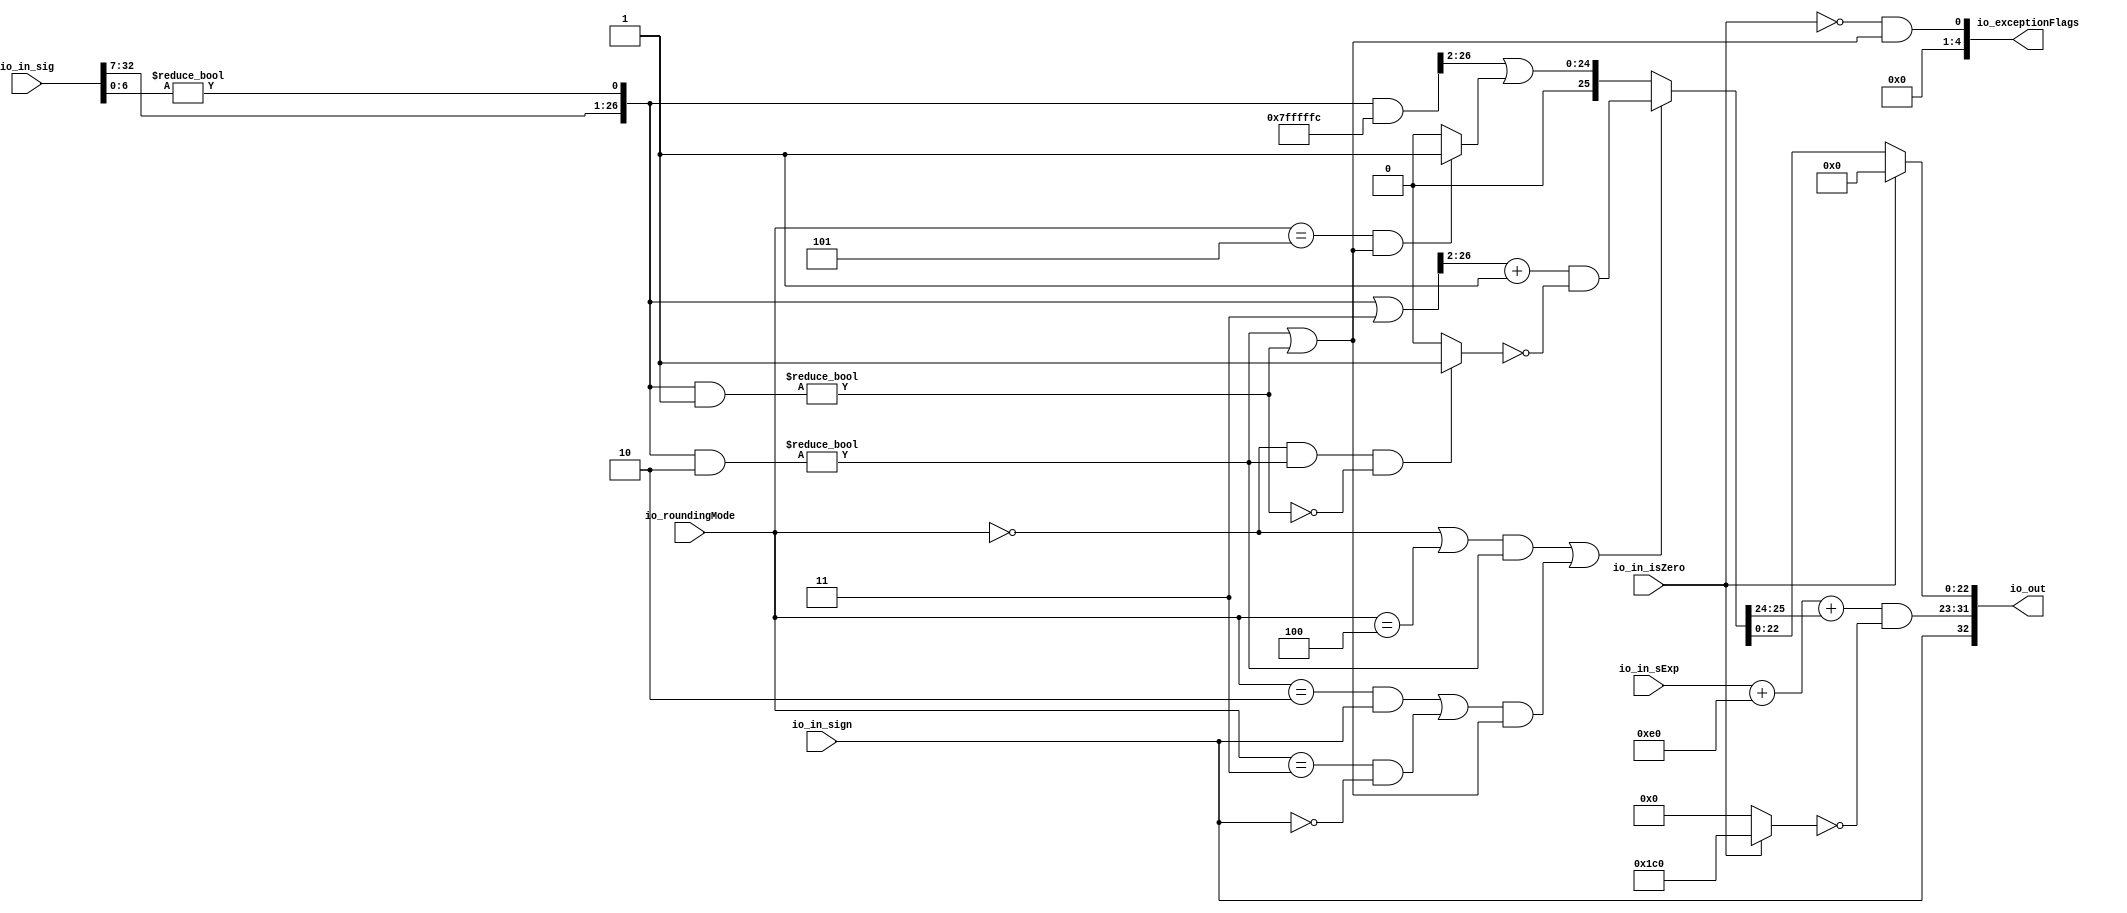
// Copyright (c) 2019, Microchip Corporation
// All rights reserved.
//
// Redistribution and use in source and binary forms, with or without
// modification, are permitted provided that the following conditions are met:
//     * Redistributions of source code must retain the above copyright
//       notice, this list of conditions and the following disclaimer.
//     * Redistributions in binary form must reproduce the above copyright
//       notice, this list of conditions and the following disclaimer in the
//       documentation and/or other materials provided with the distribution.
//     * Neither the name of the <organization> nor the
//       names of its contributors may be used to endorse or promote products
//       derived from this software without specific prior written permission.
//
// THIS SOFTWARE IS PROVIDED BY THE COPYRIGHT HOLDERS AND CONTRIBUTORS "AS IS" AND
// ANY EXPRESS OR IMPLIED WARRANTIES, INCLUDING, BUT NOT LIMITED TO, THE IMPLIED
// WARRANTIES OF MERCHANTABILITY AND FITNESS FOR A PARTICULAR PURPOSE ARE
// DISCLAIMED. IN NO EVENT SHALL MICROSEMI CORPORATIONM BE LIABLE FOR ANY
// DIRECT, INDIRECT, INCIDENTAL, SPECIAL, EXEMPLARY, OR CONSEQUENTIAL DAMAGES
// (INCLUDING, BUT NOT LIMITED TO, PROCUREMENT OF SUBSTITUTE GOODS OR SERVICES;
// LOSS OF USE, DATA, OR PROFITS; OR BUSINESS INTERRUPTION) HOWEVER CAUSED AND
// ON ANY THEORY OF LIABILITY, WHETHER IN CONTRACT, STRICT LIABILITY, OR TORT
// (INCLUDING NEGLIGENCE OR OTHERWISE) ARISING IN ANY WAY OUT OF THE USE OF THIS
// SOFTWARE, EVEN IF ADVISED OF THE POSSIBILITY OF SUCH DAMAGE.
//
// APACHE LICENSE
// Copyright (c) 2019, Microchip Corporation 
//
// Licensed under the Apache License, Version 2.0 (the "License");
// you may not use this file except in compliance with the License.
// You may obtain a copy of the License at
//
//    http://www.apache.org/licenses/LICENSE-2.0
//
// Unless required by applicable law or agreed to in writing, software
// distributed under the License is distributed on an "AS IS" BASIS,
// WITHOUT WARRANTIES OR CONDITIONS OF ANY KIND, either express or implied.
// See the License for the specific language governing permissions and
// limitations under the License.
//
// Description:
//
// SVN Revision Information:
// SVN $Revision: $
// SVN $Date: $
//
// Resolved SARs
// SAR      Date     Who   Description
//
// Notes:
//
// ****************************************************************************/
`ifndef RANDOMIZE_REG_INIT 
	 `define RANDOMIZE_REG_INIT 
 `endif
`ifndef RANDOMIZE_MEM_INIT 
	 `define RANDOMIZE_MEM_INIT 
 `endif
`ifndef RANDOMIZE 
	 `define RANDOMIZE 
`endif

`timescale 1ns/10ps
module MIV_RV32IMAF_L1_AHB_C0_MIV_RV32IMAF_L1_AHB_C0_0_MIV_RV32IMAF_L1_AHB_ROUND_ANY_RAW_FNTO_REC_FN_1( // @[:freechips.rocketchip.system.MivRV32ImafL1AhbConfig.fir@108404.2]
  input         io_in_isZero, // @[:freechips.rocketchip.system.MivRV32ImafL1AhbConfig.fir@108407.4]
  input         io_in_sign, // @[:freechips.rocketchip.system.MivRV32ImafL1AhbConfig.fir@108407.4]
  input  [6:0]  io_in_sExp, // @[:freechips.rocketchip.system.MivRV32ImafL1AhbConfig.fir@108407.4]
  input  [32:0] io_in_sig, // @[:freechips.rocketchip.system.MivRV32ImafL1AhbConfig.fir@108407.4]
  input  [2:0]  io_roundingMode, // @[:freechips.rocketchip.system.MivRV32ImafL1AhbConfig.fir@108407.4]
  output [32:0] io_out, // @[:freechips.rocketchip.system.MivRV32ImafL1AhbConfig.fir@108407.4]
  output [4:0]  io_exceptionFlags // @[:freechips.rocketchip.system.MivRV32ImafL1AhbConfig.fir@108407.4]
);
  wire  roundingMode_near_even; // @[RoundAnyRawFNToRecFN.scala 88:53:freechips.rocketchip.system.MivRV32ImafL1AhbConfig.fir@108412.4]
  wire  roundingMode_min; // @[RoundAnyRawFNToRecFN.scala 90:53:freechips.rocketchip.system.MivRV32ImafL1AhbConfig.fir@108414.4]
  wire  roundingMode_max; // @[RoundAnyRawFNToRecFN.scala 91:53:freechips.rocketchip.system.MivRV32ImafL1AhbConfig.fir@108415.4]
  wire  roundingMode_near_maxMag; // @[RoundAnyRawFNToRecFN.scala 92:53:freechips.rocketchip.system.MivRV32ImafL1AhbConfig.fir@108416.4]
  wire  roundingMode_odd; // @[RoundAnyRawFNToRecFN.scala 93:53:freechips.rocketchip.system.MivRV32ImafL1AhbConfig.fir@108417.4]
  wire  _T_15; // @[RoundAnyRawFNToRecFN.scala 96:27:freechips.rocketchip.system.MivRV32ImafL1AhbConfig.fir@108418.4]
  wire  _T_17; // @[RoundAnyRawFNToRecFN.scala 96:66:freechips.rocketchip.system.MivRV32ImafL1AhbConfig.fir@108419.4]
  wire  _T_18; // @[RoundAnyRawFNToRecFN.scala 96:63:freechips.rocketchip.system.MivRV32ImafL1AhbConfig.fir@108420.4]
  wire  roundMagUp; // @[RoundAnyRawFNToRecFN.scala 96:42:freechips.rocketchip.system.MivRV32ImafL1AhbConfig.fir@108421.4]
  wire [8:0] _GEN_0; // @[RoundAnyRawFNToRecFN.scala 102:25:freechips.rocketchip.system.MivRV32ImafL1AhbConfig.fir@108422.4]
  wire [9:0] _T_20; // @[RoundAnyRawFNToRecFN.scala 102:25:freechips.rocketchip.system.MivRV32ImafL1AhbConfig.fir@108422.4]
  wire [8:0] _T_21; // @[RoundAnyRawFNToRecFN.scala 104:14:freechips.rocketchip.system.MivRV32ImafL1AhbConfig.fir@108423.4]
  wire [9:0] sAdjustedExp; // @[RoundAnyRawFNToRecFN.scala 104:31:freechips.rocketchip.system.MivRV32ImafL1AhbConfig.fir@108424.4]
  wire [25:0] _T_22; // @[RoundAnyRawFNToRecFN.scala 114:26:freechips.rocketchip.system.MivRV32ImafL1AhbConfig.fir@108425.4]
  wire [6:0] _T_23; // @[RoundAnyRawFNToRecFN.scala 115:26:freechips.rocketchip.system.MivRV32ImafL1AhbConfig.fir@108426.4]
  wire  _T_25; // @[RoundAnyRawFNToRecFN.scala 115:60:freechips.rocketchip.system.MivRV32ImafL1AhbConfig.fir@108427.4]
  wire [26:0] adjustedSig; // @[Cat.scala 30:58:freechips.rocketchip.system.MivRV32ImafL1AhbConfig.fir@108428.4]
  wire [26:0] _T_41; // @[RoundAnyRawFNToRecFN.scala 162:40:freechips.rocketchip.system.MivRV32ImafL1AhbConfig.fir@108447.4]
  wire  _T_43; // @[RoundAnyRawFNToRecFN.scala 162:56:freechips.rocketchip.system.MivRV32ImafL1AhbConfig.fir@108448.4]
  wire [26:0] _T_44; // @[RoundAnyRawFNToRecFN.scala 163:42:freechips.rocketchip.system.MivRV32ImafL1AhbConfig.fir@108449.4]
  wire  _T_46; // @[RoundAnyRawFNToRecFN.scala 163:62:freechips.rocketchip.system.MivRV32ImafL1AhbConfig.fir@108450.4]
  wire  common_inexact; // @[RoundAnyRawFNToRecFN.scala 164:36:freechips.rocketchip.system.MivRV32ImafL1AhbConfig.fir@108451.4]
  wire  _T_48; // @[RoundAnyRawFNToRecFN.scala 167:38:freechips.rocketchip.system.MivRV32ImafL1AhbConfig.fir@108452.4]
  wire  _T_49; // @[RoundAnyRawFNToRecFN.scala 167:67:freechips.rocketchip.system.MivRV32ImafL1AhbConfig.fir@108453.4]
  wire  _T_50; // @[RoundAnyRawFNToRecFN.scala 169:29:freechips.rocketchip.system.MivRV32ImafL1AhbConfig.fir@108454.4]
  wire  _T_51; // @[RoundAnyRawFNToRecFN.scala 168:31:freechips.rocketchip.system.MivRV32ImafL1AhbConfig.fir@108455.4]
  wire [26:0] _T_52; // @[RoundAnyRawFNToRecFN.scala 172:32:freechips.rocketchip.system.MivRV32ImafL1AhbConfig.fir@108456.4]
  wire [24:0] _T_53; // @[RoundAnyRawFNToRecFN.scala 172:44:freechips.rocketchip.system.MivRV32ImafL1AhbConfig.fir@108457.4]
  wire [25:0] _T_55; // @[RoundAnyRawFNToRecFN.scala 172:49:freechips.rocketchip.system.MivRV32ImafL1AhbConfig.fir@108458.4]
  wire  _T_56; // @[RoundAnyRawFNToRecFN.scala 173:49:freechips.rocketchip.system.MivRV32ImafL1AhbConfig.fir@108459.4]
  wire  _T_58; // @[RoundAnyRawFNToRecFN.scala 174:30:freechips.rocketchip.system.MivRV32ImafL1AhbConfig.fir@108460.4]
  wire  _T_59; // @[RoundAnyRawFNToRecFN.scala 173:64:freechips.rocketchip.system.MivRV32ImafL1AhbConfig.fir@108461.4]
  wire [25:0] _T_62; // @[RoundAnyRawFNToRecFN.scala 173:25:freechips.rocketchip.system.MivRV32ImafL1AhbConfig.fir@108463.4]
  wire [25:0] _T_63; // @[RoundAnyRawFNToRecFN.scala 173:21:freechips.rocketchip.system.MivRV32ImafL1AhbConfig.fir@108464.4]
  wire [25:0] _T_64; // @[RoundAnyRawFNToRecFN.scala 172:61:freechips.rocketchip.system.MivRV32ImafL1AhbConfig.fir@108465.4]
  wire [26:0] _T_66; // @[RoundAnyRawFNToRecFN.scala 178:30:freechips.rocketchip.system.MivRV32ImafL1AhbConfig.fir@108467.4]
  wire [24:0] _T_67; // @[RoundAnyRawFNToRecFN.scala 178:43:freechips.rocketchip.system.MivRV32ImafL1AhbConfig.fir@108468.4]
  wire  _T_68; // @[RoundAnyRawFNToRecFN.scala 179:42:freechips.rocketchip.system.MivRV32ImafL1AhbConfig.fir@108469.4]
  wire [25:0] _T_71; // @[RoundAnyRawFNToRecFN.scala 179:24:freechips.rocketchip.system.MivRV32ImafL1AhbConfig.fir@108471.4]
  wire [25:0] _GEN_1; // @[RoundAnyRawFNToRecFN.scala 178:47:freechips.rocketchip.system.MivRV32ImafL1AhbConfig.fir@108472.4]
  wire [25:0] _T_72; // @[RoundAnyRawFNToRecFN.scala 178:47:freechips.rocketchip.system.MivRV32ImafL1AhbConfig.fir@108472.4]
  wire [25:0] _T_73; // @[RoundAnyRawFNToRecFN.scala 171:16:freechips.rocketchip.system.MivRV32ImafL1AhbConfig.fir@108473.4]
  wire [1:0] _T_74; // @[RoundAnyRawFNToRecFN.scala 183:54:freechips.rocketchip.system.MivRV32ImafL1AhbConfig.fir@108474.4]
  wire [2:0] _T_75; // @[RoundAnyRawFNToRecFN.scala 183:69:freechips.rocketchip.system.MivRV32ImafL1AhbConfig.fir@108475.4]
  wire [9:0] _GEN_2; // @[RoundAnyRawFNToRecFN.scala 183:40:freechips.rocketchip.system.MivRV32ImafL1AhbConfig.fir@108476.4]
  wire [10:0] _T_76; // @[RoundAnyRawFNToRecFN.scala 183:40:freechips.rocketchip.system.MivRV32ImafL1AhbConfig.fir@108476.4]
  wire [8:0] common_expOut; // @[RoundAnyRawFNToRecFN.scala 185:37:freechips.rocketchip.system.MivRV32ImafL1AhbConfig.fir@108477.4]
  wire [22:0] common_fractOut; // @[RoundAnyRawFNToRecFN.scala 189:27:freechips.rocketchip.system.MivRV32ImafL1AhbConfig.fir@108480.4]
  wire  commonCase; // @[RoundAnyRawFNToRecFN.scala 235:64:freechips.rocketchip.system.MivRV32ImafL1AhbConfig.fir@108508.4]
  wire  inexact; // @[RoundAnyRawFNToRecFN.scala 238:43:freechips.rocketchip.system.MivRV32ImafL1AhbConfig.fir@108512.4]
  wire [8:0] _T_119; // @[RoundAnyRawFNToRecFN.scala 251:18:freechips.rocketchip.system.MivRV32ImafL1AhbConfig.fir@108525.4]
  wire [8:0] _T_120; // @[RoundAnyRawFNToRecFN.scala 251:14:freechips.rocketchip.system.MivRV32ImafL1AhbConfig.fir@108526.4]
  wire [8:0] expOut; // @[RoundAnyRawFNToRecFN.scala 250:24:freechips.rocketchip.system.MivRV32ImafL1AhbConfig.fir@108527.4]
  wire [22:0] fractOut; // @[RoundAnyRawFNToRecFN.scala 278:12:freechips.rocketchip.system.MivRV32ImafL1AhbConfig.fir@108549.4]
  wire [9:0] _T_163; // @[Cat.scala 30:58:freechips.rocketchip.system.MivRV32ImafL1AhbConfig.fir@108553.4]
  wire [32:0] _T_164; // @[Cat.scala 30:58:freechips.rocketchip.system.MivRV32ImafL1AhbConfig.fir@108554.4]
  wire [1:0] _T_165; // @[Cat.scala 30:58:freechips.rocketchip.system.MivRV32ImafL1AhbConfig.fir@108556.4]
  wire [4:0] _T_168; // @[Cat.scala 30:58:freechips.rocketchip.system.MivRV32ImafL1AhbConfig.fir@108559.4]
  assign roundingMode_near_even = io_roundingMode == 3'h0; // @[RoundAnyRawFNToRecFN.scala 88:53:freechips.rocketchip.system.MivRV32ImafL1AhbConfig.fir@108412.4]
  assign roundingMode_min = io_roundingMode == 3'h2; // @[RoundAnyRawFNToRecFN.scala 90:53:freechips.rocketchip.system.MivRV32ImafL1AhbConfig.fir@108414.4]
  assign roundingMode_max = io_roundingMode == 3'h3; // @[RoundAnyRawFNToRecFN.scala 91:53:freechips.rocketchip.system.MivRV32ImafL1AhbConfig.fir@108415.4]
  assign roundingMode_near_maxMag = io_roundingMode == 3'h4; // @[RoundAnyRawFNToRecFN.scala 92:53:freechips.rocketchip.system.MivRV32ImafL1AhbConfig.fir@108416.4]
  assign roundingMode_odd = io_roundingMode == 3'h5; // @[RoundAnyRawFNToRecFN.scala 93:53:freechips.rocketchip.system.MivRV32ImafL1AhbConfig.fir@108417.4]
  assign _T_15 = roundingMode_min & io_in_sign; // @[RoundAnyRawFNToRecFN.scala 96:27:freechips.rocketchip.system.MivRV32ImafL1AhbConfig.fir@108418.4]
  assign _T_17 = io_in_sign == 1'h0; // @[RoundAnyRawFNToRecFN.scala 96:66:freechips.rocketchip.system.MivRV32ImafL1AhbConfig.fir@108419.4]
  assign _T_18 = roundingMode_max & _T_17; // @[RoundAnyRawFNToRecFN.scala 96:63:freechips.rocketchip.system.MivRV32ImafL1AhbConfig.fir@108420.4]
  assign roundMagUp = _T_15 | _T_18; // @[RoundAnyRawFNToRecFN.scala 96:42:freechips.rocketchip.system.MivRV32ImafL1AhbConfig.fir@108421.4]
  assign _GEN_0 = {{2{io_in_sExp[6]}},io_in_sExp}; // @[RoundAnyRawFNToRecFN.scala 102:25:freechips.rocketchip.system.MivRV32ImafL1AhbConfig.fir@108422.4]
  assign _T_20 = $signed(_GEN_0) + $signed(9'she0); // @[RoundAnyRawFNToRecFN.scala 102:25:freechips.rocketchip.system.MivRV32ImafL1AhbConfig.fir@108422.4]
  assign _T_21 = _T_20[8:0]; // @[RoundAnyRawFNToRecFN.scala 104:14:freechips.rocketchip.system.MivRV32ImafL1AhbConfig.fir@108423.4]
  assign sAdjustedExp = {1'b0,$signed(_T_21)}; // @[RoundAnyRawFNToRecFN.scala 104:31:freechips.rocketchip.system.MivRV32ImafL1AhbConfig.fir@108424.4]
  assign _T_22 = io_in_sig[32:7]; // @[RoundAnyRawFNToRecFN.scala 114:26:freechips.rocketchip.system.MivRV32ImafL1AhbConfig.fir@108425.4]
  assign _T_23 = io_in_sig[6:0]; // @[RoundAnyRawFNToRecFN.scala 115:26:freechips.rocketchip.system.MivRV32ImafL1AhbConfig.fir@108426.4]
  assign _T_25 = _T_23 != 7'h0; // @[RoundAnyRawFNToRecFN.scala 115:60:freechips.rocketchip.system.MivRV32ImafL1AhbConfig.fir@108427.4]
  assign adjustedSig = {_T_22,_T_25}; // @[Cat.scala 30:58:freechips.rocketchip.system.MivRV32ImafL1AhbConfig.fir@108428.4]
  assign _T_41 = adjustedSig & 27'h2; // @[RoundAnyRawFNToRecFN.scala 162:40:freechips.rocketchip.system.MivRV32ImafL1AhbConfig.fir@108447.4]
  assign _T_43 = _T_41 != 27'h0; // @[RoundAnyRawFNToRecFN.scala 162:56:freechips.rocketchip.system.MivRV32ImafL1AhbConfig.fir@108448.4]
  assign _T_44 = adjustedSig & 27'h1; // @[RoundAnyRawFNToRecFN.scala 163:42:freechips.rocketchip.system.MivRV32ImafL1AhbConfig.fir@108449.4]
  assign _T_46 = _T_44 != 27'h0; // @[RoundAnyRawFNToRecFN.scala 163:62:freechips.rocketchip.system.MivRV32ImafL1AhbConfig.fir@108450.4]
  assign common_inexact = _T_43 | _T_46; // @[RoundAnyRawFNToRecFN.scala 164:36:freechips.rocketchip.system.MivRV32ImafL1AhbConfig.fir@108451.4]
  assign _T_48 = roundingMode_near_even | roundingMode_near_maxMag; // @[RoundAnyRawFNToRecFN.scala 167:38:freechips.rocketchip.system.MivRV32ImafL1AhbConfig.fir@108452.4]
  assign _T_49 = _T_48 & _T_43; // @[RoundAnyRawFNToRecFN.scala 167:67:freechips.rocketchip.system.MivRV32ImafL1AhbConfig.fir@108453.4]
  assign _T_50 = roundMagUp & common_inexact; // @[RoundAnyRawFNToRecFN.scala 169:29:freechips.rocketchip.system.MivRV32ImafL1AhbConfig.fir@108454.4]
  assign _T_51 = _T_49 | _T_50; // @[RoundAnyRawFNToRecFN.scala 168:31:freechips.rocketchip.system.MivRV32ImafL1AhbConfig.fir@108455.4]
  assign _T_52 = adjustedSig | 27'h3; // @[RoundAnyRawFNToRecFN.scala 172:32:freechips.rocketchip.system.MivRV32ImafL1AhbConfig.fir@108456.4]
  assign _T_53 = _T_52[26:2]; // @[RoundAnyRawFNToRecFN.scala 172:44:freechips.rocketchip.system.MivRV32ImafL1AhbConfig.fir@108457.4]
  assign _T_55 = _T_53 + 25'h1; // @[RoundAnyRawFNToRecFN.scala 172:49:freechips.rocketchip.system.MivRV32ImafL1AhbConfig.fir@108458.4]
  assign _T_56 = roundingMode_near_even & _T_43; // @[RoundAnyRawFNToRecFN.scala 173:49:freechips.rocketchip.system.MivRV32ImafL1AhbConfig.fir@108459.4]
  assign _T_58 = _T_46 == 1'h0; // @[RoundAnyRawFNToRecFN.scala 174:30:freechips.rocketchip.system.MivRV32ImafL1AhbConfig.fir@108460.4]
  assign _T_59 = _T_56 & _T_58; // @[RoundAnyRawFNToRecFN.scala 173:64:freechips.rocketchip.system.MivRV32ImafL1AhbConfig.fir@108461.4]
  assign _T_62 = _T_59 ? 26'h1 : 26'h0; // @[RoundAnyRawFNToRecFN.scala 173:25:freechips.rocketchip.system.MivRV32ImafL1AhbConfig.fir@108463.4]
  assign _T_63 = ~ _T_62; // @[RoundAnyRawFNToRecFN.scala 173:21:freechips.rocketchip.system.MivRV32ImafL1AhbConfig.fir@108464.4]
  assign _T_64 = _T_55 & _T_63; // @[RoundAnyRawFNToRecFN.scala 172:61:freechips.rocketchip.system.MivRV32ImafL1AhbConfig.fir@108465.4]
  assign _T_66 = adjustedSig & 27'h7fffffc; // @[RoundAnyRawFNToRecFN.scala 178:30:freechips.rocketchip.system.MivRV32ImafL1AhbConfig.fir@108467.4]
  assign _T_67 = _T_66[26:2]; // @[RoundAnyRawFNToRecFN.scala 178:43:freechips.rocketchip.system.MivRV32ImafL1AhbConfig.fir@108468.4]
  assign _T_68 = roundingMode_odd & common_inexact; // @[RoundAnyRawFNToRecFN.scala 179:42:freechips.rocketchip.system.MivRV32ImafL1AhbConfig.fir@108469.4]
  assign _T_71 = _T_68 ? 26'h1 : 26'h0; // @[RoundAnyRawFNToRecFN.scala 179:24:freechips.rocketchip.system.MivRV32ImafL1AhbConfig.fir@108471.4]
  assign _GEN_1 = {{1'd0}, _T_67}; // @[RoundAnyRawFNToRecFN.scala 178:47:freechips.rocketchip.system.MivRV32ImafL1AhbConfig.fir@108472.4]
  assign _T_72 = _GEN_1 | _T_71; // @[RoundAnyRawFNToRecFN.scala 178:47:freechips.rocketchip.system.MivRV32ImafL1AhbConfig.fir@108472.4]
  assign _T_73 = _T_51 ? _T_64 : _T_72; // @[RoundAnyRawFNToRecFN.scala 171:16:freechips.rocketchip.system.MivRV32ImafL1AhbConfig.fir@108473.4]
  assign _T_74 = _T_73[25:24]; // @[RoundAnyRawFNToRecFN.scala 183:54:freechips.rocketchip.system.MivRV32ImafL1AhbConfig.fir@108474.4]
  assign _T_75 = {1'b0,$signed(_T_74)}; // @[RoundAnyRawFNToRecFN.scala 183:69:freechips.rocketchip.system.MivRV32ImafL1AhbConfig.fir@108475.4]
  assign _GEN_2 = {{7{_T_75[2]}},_T_75}; // @[RoundAnyRawFNToRecFN.scala 183:40:freechips.rocketchip.system.MivRV32ImafL1AhbConfig.fir@108476.4]
  assign _T_76 = $signed(sAdjustedExp) + $signed(_GEN_2); // @[RoundAnyRawFNToRecFN.scala 183:40:freechips.rocketchip.system.MivRV32ImafL1AhbConfig.fir@108476.4]
  assign common_expOut = _T_76[8:0]; // @[RoundAnyRawFNToRecFN.scala 185:37:freechips.rocketchip.system.MivRV32ImafL1AhbConfig.fir@108477.4]
  assign common_fractOut = _T_73[22:0]; // @[RoundAnyRawFNToRecFN.scala 189:27:freechips.rocketchip.system.MivRV32ImafL1AhbConfig.fir@108480.4]
  assign commonCase = io_in_isZero == 1'h0; // @[RoundAnyRawFNToRecFN.scala 235:64:freechips.rocketchip.system.MivRV32ImafL1AhbConfig.fir@108508.4]
  assign inexact = commonCase & common_inexact; // @[RoundAnyRawFNToRecFN.scala 238:43:freechips.rocketchip.system.MivRV32ImafL1AhbConfig.fir@108512.4]
  assign _T_119 = io_in_isZero ? 9'h1c0 : 9'h0; // @[RoundAnyRawFNToRecFN.scala 251:18:freechips.rocketchip.system.MivRV32ImafL1AhbConfig.fir@108525.4]
  assign _T_120 = ~ _T_119; // @[RoundAnyRawFNToRecFN.scala 251:14:freechips.rocketchip.system.MivRV32ImafL1AhbConfig.fir@108526.4]
  assign expOut = common_expOut & _T_120; // @[RoundAnyRawFNToRecFN.scala 250:24:freechips.rocketchip.system.MivRV32ImafL1AhbConfig.fir@108527.4]
  assign fractOut = io_in_isZero ? 23'h0 : common_fractOut; // @[RoundAnyRawFNToRecFN.scala 278:12:freechips.rocketchip.system.MivRV32ImafL1AhbConfig.fir@108549.4]
  assign _T_163 = {io_in_sign,expOut}; // @[Cat.scala 30:58:freechips.rocketchip.system.MivRV32ImafL1AhbConfig.fir@108553.4]
  assign _T_164 = {_T_163,fractOut}; // @[Cat.scala 30:58:freechips.rocketchip.system.MivRV32ImafL1AhbConfig.fir@108554.4]
  assign _T_165 = {1'h0,inexact}; // @[Cat.scala 30:58:freechips.rocketchip.system.MivRV32ImafL1AhbConfig.fir@108556.4]
  assign _T_168 = {3'h0,_T_165}; // @[Cat.scala 30:58:freechips.rocketchip.system.MivRV32ImafL1AhbConfig.fir@108559.4]
  assign io_out = _T_164;
  assign io_exceptionFlags = _T_168;
endmodule